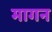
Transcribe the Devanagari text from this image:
मागन